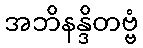
အဘိနန္ဒိတဗ္ဗံ